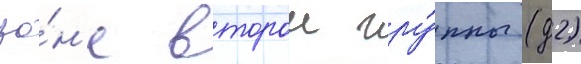
зо́н'е второи гру́ппы (д2)